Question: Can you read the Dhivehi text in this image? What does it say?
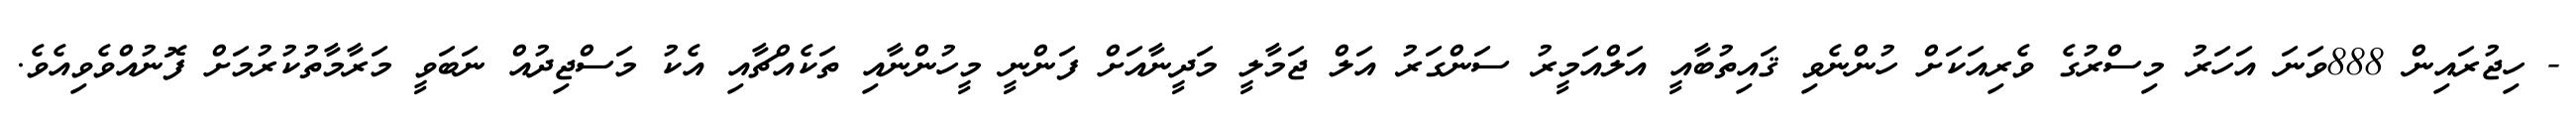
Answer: - ހިޖުރައިން 888ވަނަ އަހަރު މިސްރުގެ ވެރިއަކަށް ހުންނެވި ޤައިތުބާއީ އަލްއަމީރު ސަންގަރު އަލް ޖަމާލީ މަދީނާއަށް ފަންނީ މީހުންނާއި ތަކެއްޗާއި އެކު މަސްޖިދުއް ނަބަވީ މަރާމާތުކުރުމަށް ފޮނުއްވެވިއެވެ.